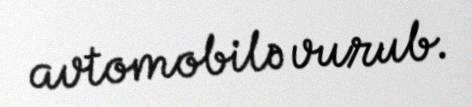
avtomobilə vurub.